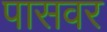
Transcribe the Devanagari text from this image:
पासवर